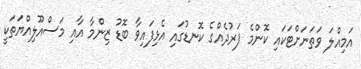
އަމިއްލަ ވަތަނަށްޓަކައި ކޮންމެ ފަރުދެއްގެ ކޮނޑުގައި އެޅިފައިވާ ބޮޑު ޒިންމާ އާއި މަސްއޫލިއްޔަތަކީ